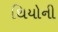
થિયોની